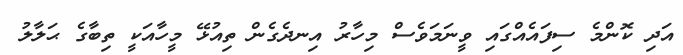
އަދި ކޮންމެ ސިފައެއްގައި ވީނަމަވެސް މިހާރު އިނދެގެން ތިއުޅޭ މީހާއަކީ ތިބާގެ ޙަލާލު